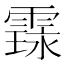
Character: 𮦤